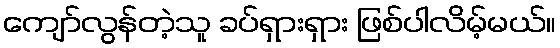
ကျော်လွန်တဲ့သူ ခပ်ရှားရှား ဖြစ်ပါလိမ့်မယ်။